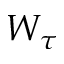
W _ { \tau }